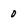
Character: 0